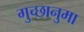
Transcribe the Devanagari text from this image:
गुच्छानुमा